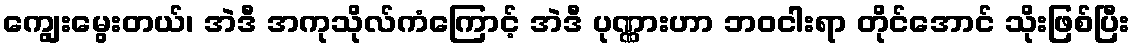
ကျွေးမွေးတယ်၊ အဲဒီ အကုသိုလ်ကံကြောင့် အဲဒီ ပုဏ္ဏားဟာ ဘဝငါးရာ တိုင်အောင် သိုးဖြစ်ပြီး